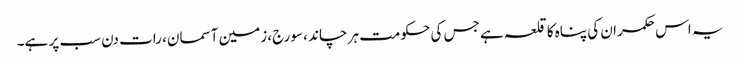
یہ اس حکمران کی پناہ کا قلعہ ہے جس کی حکومت ہر چاند ، سورج، زمین آسمان، رات دن سب پر ہے۔